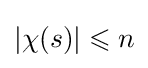
|\chi (s)|\leqslant n